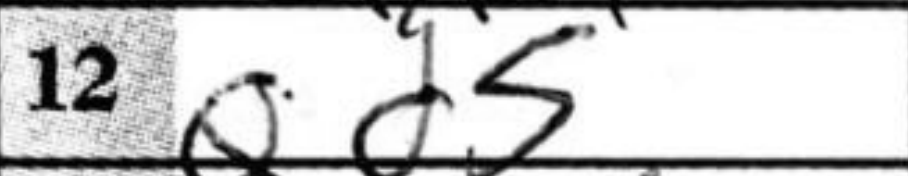
Transcription: Qd5